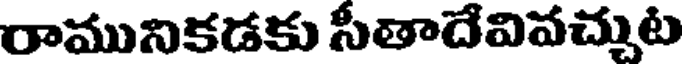
రామునికడకు సీతాదేవివచ్చుట